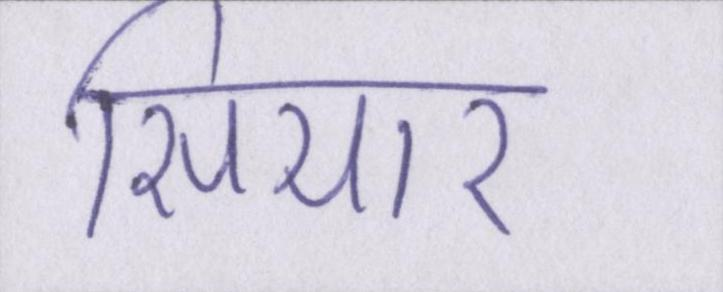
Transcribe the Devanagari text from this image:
सियार